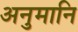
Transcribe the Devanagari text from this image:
अनुमानि